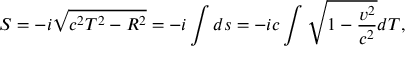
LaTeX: S = - i \sqrt { c ^ { 2 } T ^ { 2 } - R ^ { 2 } } = - i \int d s = - i c \int \sqrt { 1 - \frac { v ^ { 2 } } { c ^ { 2 } } } d T ,